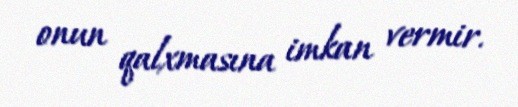
onun qalxmasına imkan vermir.